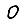
Digit: 0